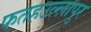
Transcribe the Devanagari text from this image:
फतहउल्लापुर